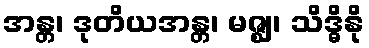
အန္တ၊ ဒုတိယအန္တ၊ မဇ္ဈ၊ သိဒ္ဓိနို